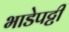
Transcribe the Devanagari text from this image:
भाडेपट्टी